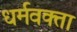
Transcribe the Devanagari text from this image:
धर्मवक्ता